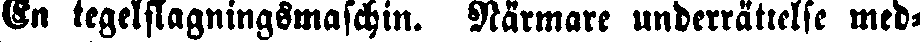
Gn tegelslagningsmaschin. Närmare underrättelse med-